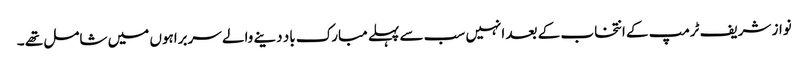
نواز شریف ٹرمپ کے انتخاب کے بعد انہیں سب سے پہلے مبارک باد دینے والے سربراہوں میں شامل تھے ۔